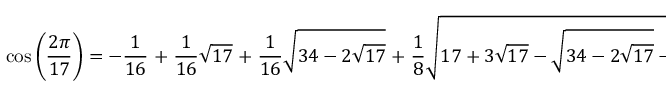
\cos { \left( { \frac { 2 \pi } { 1 7 } } \right) } = - { \frac { 1 } { 1 6 } } \; + \; { \frac { 1 } { 1 6 } } { \sqrt { 1 7 } } \; + \; { \frac { 1 } { 1 6 } } { \sqrt { 3 4 - 2 { \sqrt { 1 7 } } } } \; + \; { \frac { 1 } { 8 } } { \sqrt { 1 7 + 3 { \sqrt { 1 7 } } - { \sqrt { 3 4 - 2 { \sqrt { 1 7 } } } } - 2 { \sqrt { 3 4 + 2 { \sqrt { 1 7 } } } } } }